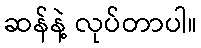
ဆန်နဲ့ လုပ်တာပါ။